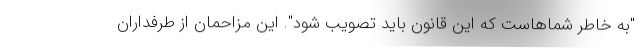
"به خاطر شماهاست که این قانون باید تصویب شود". این مزاحمان از طرفداران